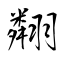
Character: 翷